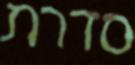
סדרת